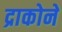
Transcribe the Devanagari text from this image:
द्राकोने